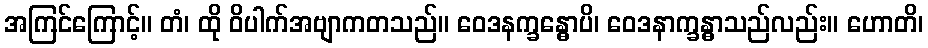
အကြင်ကြောင့်။ တံ၊ ထို ဝိပါက်အဗျာကတသည်။ ဝေဒနက္ခန္ဓောပိ၊ ဝေဒနာက္ခန္ဓာသည်လည်း။ ဟောတိ၊